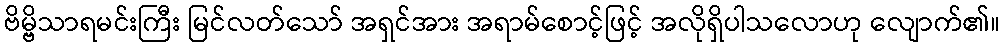
ဗိမ္ဗိသာရမင်းကြီး မြင်လတ်သော် အရှင်အား အရာမ်စောင့်ဖြင့် အလိုရှိပါသလောဟု လျောက်၏။